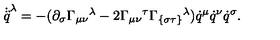
\dot { \ddot { q } } ^ { \lambda } = - ( \partial _ { \sigma } { { { \Gamma } } _ { \mu \nu } } { } ^ { \lambda } - 2 { { { \Gamma } } _ { \mu \nu } } { } ^ { \tau } { { { \Gamma } } _ { \{ \sigma \tau \} } } { } ^ { \lambda } ) \dot { q } ^ { \mu } \dot { q } ^ { \nu } \dot { q } ^ { \sigma } .